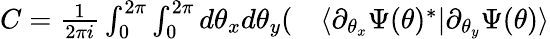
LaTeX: \begin{array}{rl}{C=\frac{1}{2\pi i}\int_{0}^{2\pi}\int_{0}^{2\pi}d\theta_{x}d\theta_{y}(}&{{}\langle\partial_{\theta_{x}}\Psi(\theta)^{*}|\partial_{\theta_{y}}\Psi(\theta)\rangle}\end{array}